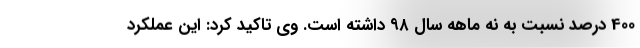
400 درصد نسبت به نه ماهه سال ۹۸ داشته است. وی تاکید کرد: این عملکرد